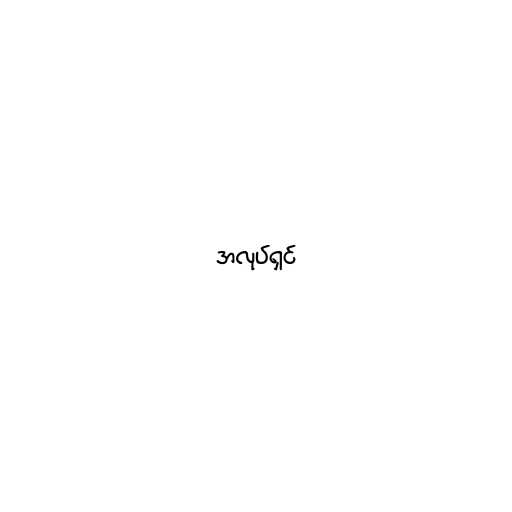
အလုပ်ရှင်